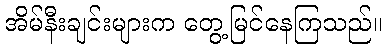
အိမ်နီးချင်းများက တွေ့မြင်နေကြသည်။